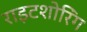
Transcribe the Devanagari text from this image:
राइटशोरिंग